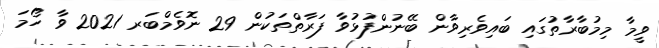
ވީމާ މިމުބާރާތުގައި ބައިވެރިވާން ބޭނުންފުޅުވާ ފަރާތްތަކުން 29 ނޮވެމްބަރ 2021 ވާ ހޯމަ